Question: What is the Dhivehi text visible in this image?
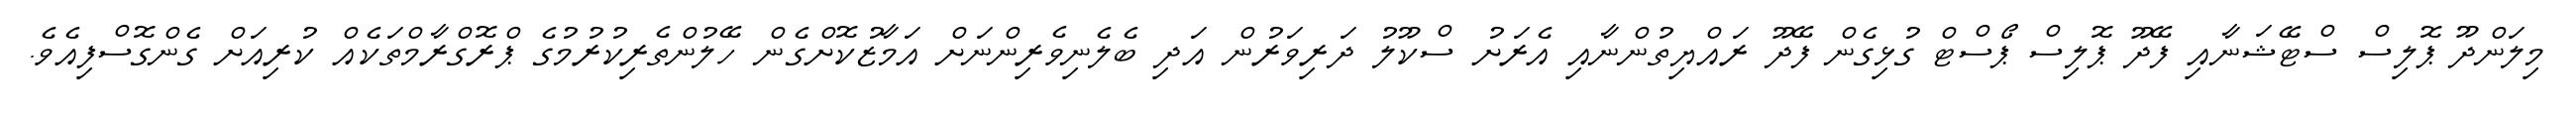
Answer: މިލަންދޫ ޕޮލިސް ސްޓޭޝަނާއި ފޭދޫ ޕޮލިސް ޕޯސްޓް ގުޅިގެން ފޭދޫ ރައްޔިތުންނާއި އެރަށު ސްކޫލު ދަރިވަރުން އަދި ބެލެނިވެރިންނަށް އަމާޒުކޮށްގެން ހޭލުންތެރިކުރުމުގެ ޕްރޮގްރާމްތަކެއް ކުރިއަށް ގެންގޮސްފިއެވެ.